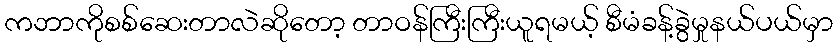
ကဘာကိုစစ်ဆေးတာလဲဆိုတော့ တာဝန်ကြီးကြီးယူရမယ့် စီမံခန့်ခွဲမှုနယ်ပယ်မှာ